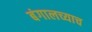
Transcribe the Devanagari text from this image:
बंगालच्याच